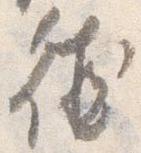
徳